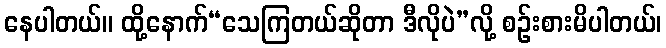
နေပါတယ်။ ထို့နောက်“သေကြတယ်ဆိုတာ ဒီလိုပဲ”လို့ စဉ်းစားမိပါတယ်၊